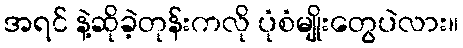
အရင် နဲ့ဆိုခဲ့တုန်းကလို ပုံစံမျိုးတွေပဲလား။